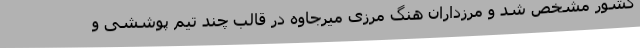
کشور مشخص شد و مرزداران هنگ مرزی میرجاوه در قالب چند تیم پوششی و